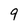
Character: 9